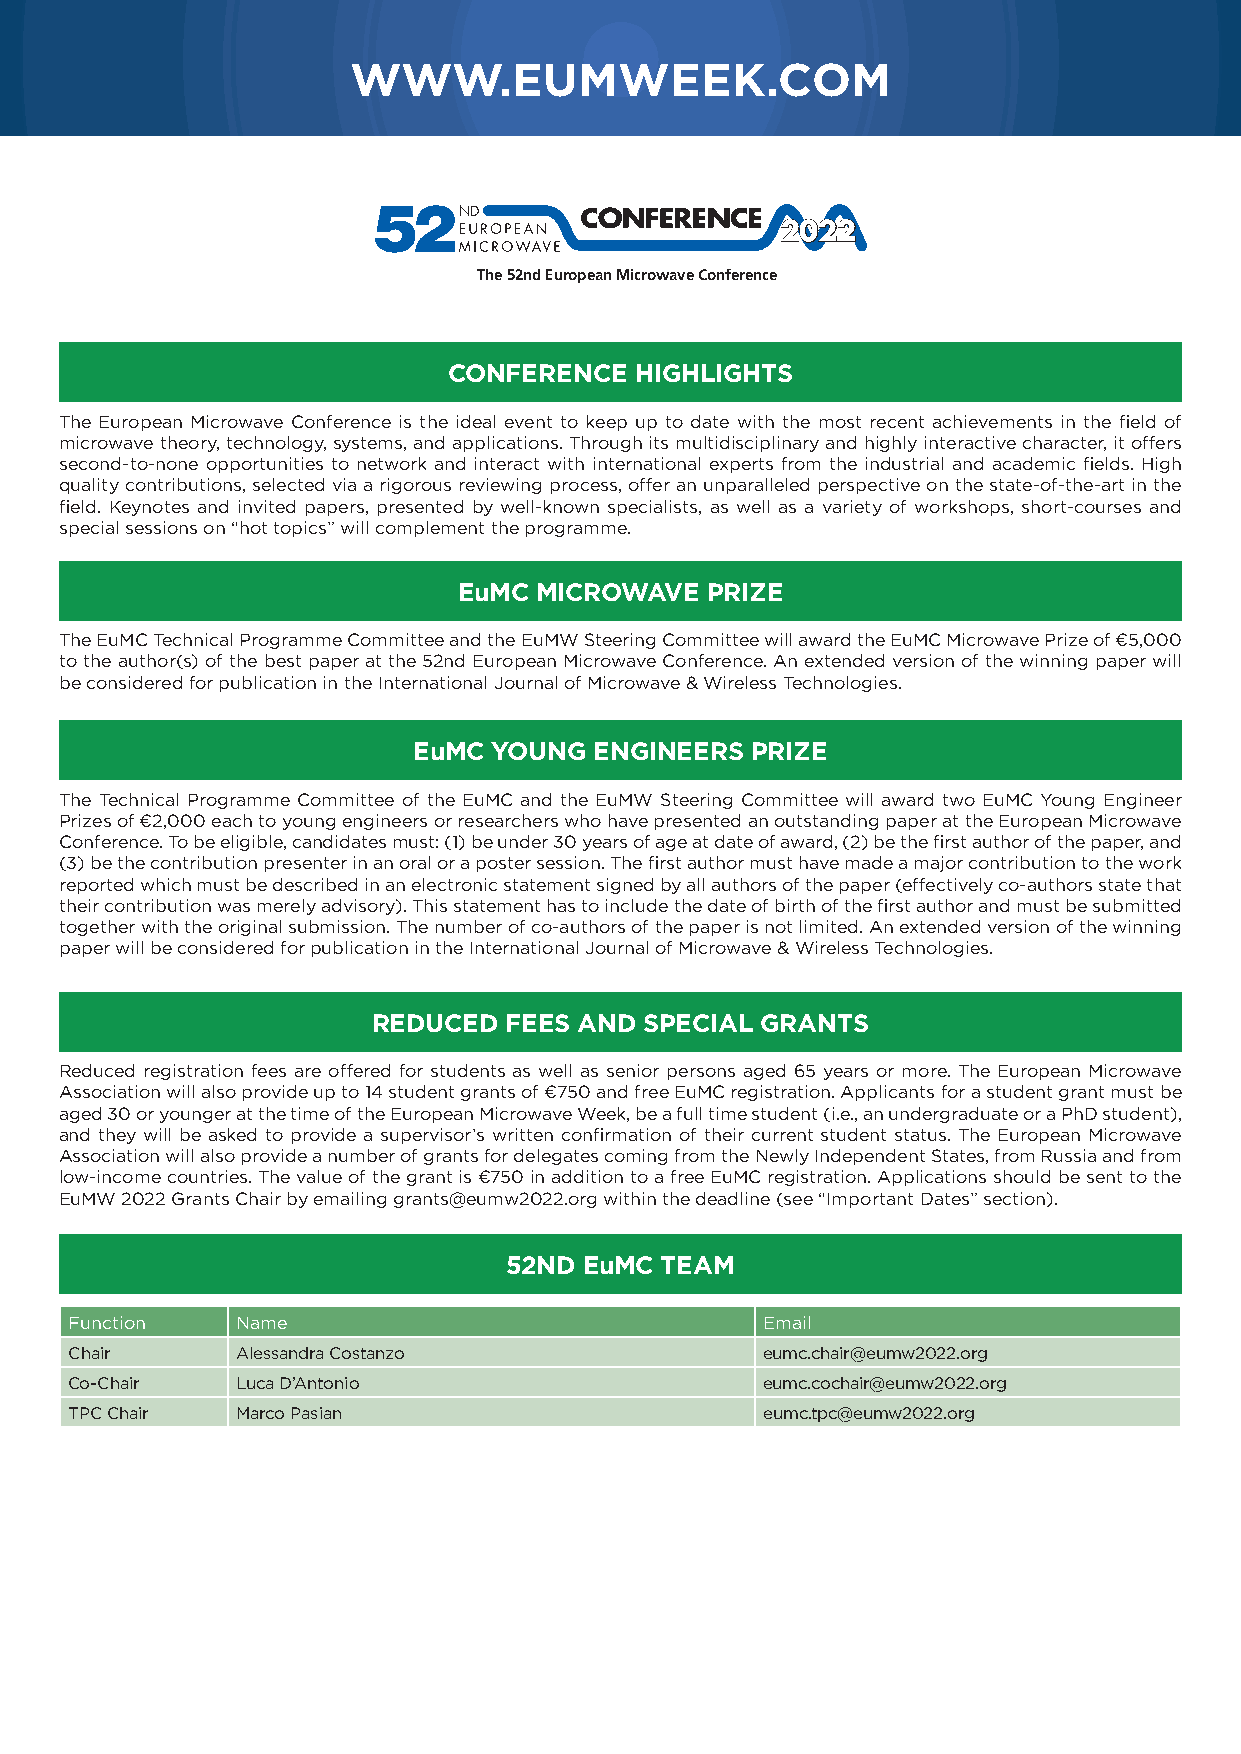
WWW.EUMWEEK.COM
 52ND
 2022
 The 52nd European Microwave Conference
 CONFERENCE  HIGHLIGHTS
 The European Microwave Conference is the ideal event to keep up to date with the most recent achievements in the field of
 microwave theory, technology, systems, and applications. Through its multidisciplinary and highly interactive character, it offers
 second-to-none opportunities to network and interact with international experts from the industrial and academic fields. High
 quality contributions, selected via a rigorous reviewing process, offer an unparalleled perspective on the state-of-the-art in the
 field. Keynotes and invited papers, presented by well-known specialists, as well as a variety of workshops, short-courses and
 special sessions on “hot topics” will complement the programme.
 EuMC MICROWAVE   PRIZE
 The EuMC Technical Programme Committee and the EuMW Steering Committee will award the EuMC Microwave Prize of €5,000
 to the author(s) of the best paper at the 52nd European Microwave Conference. An extended version of the winning paper will
 be considered for publication in the International Journal of Microwave & Wireless Technologies.
 EuMC  YOUNG ENGINEERS  PRIZE
 The Technical Programme Committee of the EuMC and the EuMW Steering Committee will award two EuMC Young Engineer
 Prizes of €2,000 each to young engineers or researchers who have presented an outstanding paper at the European Microwave
 Conference. To be eligible, candidates must: (1) be under 30 years of age at date of award, (2) be the first author of the paper, and
 (3) be the contribution presenter in an oral or a poster session. The first author must have made a major contribution to the work
 reported which must be described in an electronic statement signed by all authors of the paper (effectively co-authors state that
 their contribution was merely advisory). This statement has to include the date of birth of the first author and must be submitted
 together with the original submission. The number of co-authors of the paper is not limited. An extended version of the winning
 paper will be considered for publication in the International Journal of Microwave & Wireless Technologies.
 REDUCED FEES AND  SPECIAL GRANTS
 Reduced registration fees are offered for students as well as senior persons aged 65 years or more. The European Microwave
 Association will also provide up to 14 student grants of €750 and free EuMC registration. Applicants for a student grant must be
 aged 30 or younger at the time of the European Microwave Week, be a full time student (i.e., an undergraduate or a PhD student),
 and they will be asked to provide a supervisor’s written confirmation of their current student status. The European Microwave
 Association will also provide a number of grants for delegates coming from the Newly Independent States, from Russia and from
 low-income countries. The value of the grant is €750 in addition to a free EuMC registration. Applications should be sent to the
 EuMW 2022 Grants Chair by emailing grants@eumw2022.org within the deadline (see “Important Dates” section).
 52ND  EuMC TEAM
 Function   Name                              Email
 Chair      Alessandra Costanzo                eumc.chair@eumw2022.org
 Co-Chair   Luca D’Antonio                     eumc.cochair@eumw2022.org
 TPC Chair  Marco Pasian                       eumc.tpc@eumw2022.org